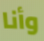
وأنا